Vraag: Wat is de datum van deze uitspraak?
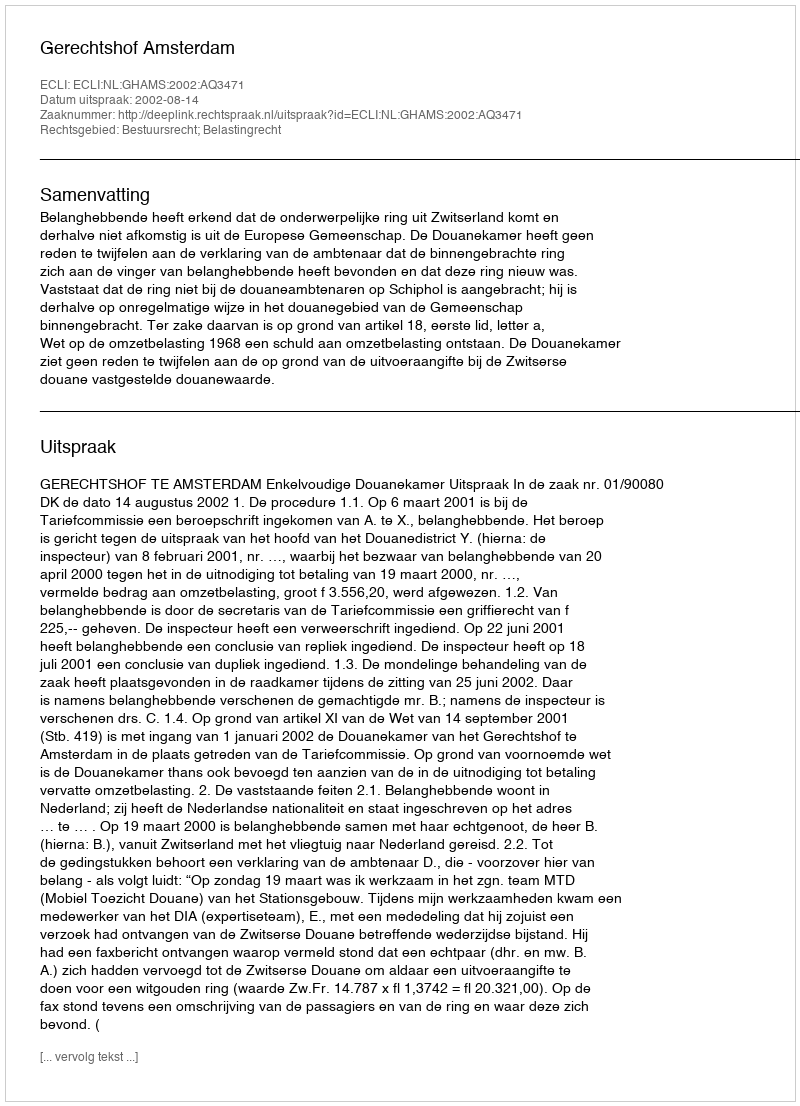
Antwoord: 2002-08-14